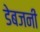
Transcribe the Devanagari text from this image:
डेबजनी